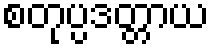
စတုပ္ပဒတ္တာယ